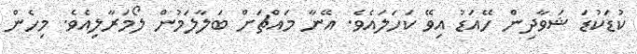
ކުޑަކުޑަ ޝަވާދިން ހޭއަޑު އިވޭ ކަހަލައެވެ. އޭނާ މައްޗަށް ބަލާލަމުން ލޯމަރާލިއެވެ. މިހެން